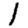
Digit: 1